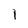
Character: l